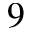
9